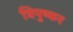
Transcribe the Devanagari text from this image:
त्रिपुष्कर